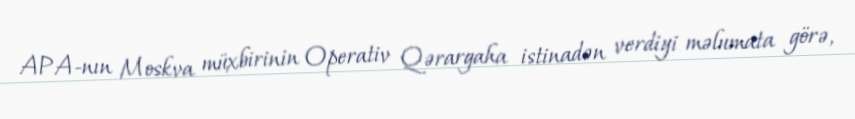
APA-nın Moskva müxbirinin Operativ Qərargaha istinadən verdiyi məlumata görə,